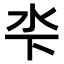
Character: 𣲉